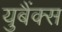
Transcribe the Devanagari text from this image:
युबैंक्स